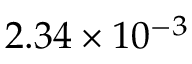
2 . 3 4 \times 1 0 ^ { - 3 }